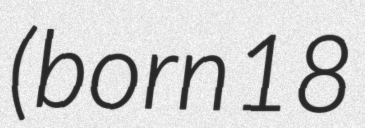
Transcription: (born 18